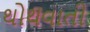
થોથવાતી